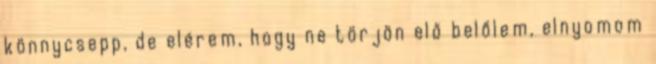
könnycsepp, de elérem, hogy ne törjön elő belőlem, elnyomom